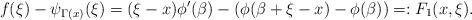
LaTeX: \begin{align*}f(\xi)-\psi_{\Gamma(x)}(\xi)=(\xi-x)\phi'(\beta)-(\phi(\beta+\xi-x)-\phi(\beta))=:F_1(x,\xi).\end{align*}